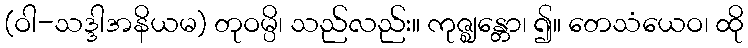
(ဝါ-သဒ္ဒါအနိယမ) တုဝမ္ပိ၊ သည်လည်း။ ကုဇ္ဈန္တော၊ ၍။ တေသံယေဝ၊ ထို